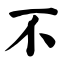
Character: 不